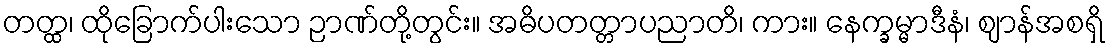
တတ္ထ၊ ထိုခြောက်ပါးသော ဉာဏ်တို့တွင်း။ အဓိပတတ္တာပညာတိ၊ ကား။ နေက္ခမ္မာဒီနံ၊ ဈာန်အစရှိ